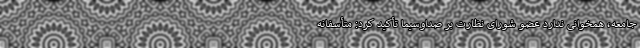
جامعه، همخوانی ندارد عضو شورای نظارت بر صداوسیما تأکید کرد: متأسفانه